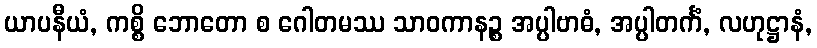
ယာပနီယံ, ကစ္စိ ဘောတော စ ဂေါတမဿ သာဝကာနဉ္စ အပ္ပါဗာဓံ, အပ္ပါတင်္ကံ, လဟုဋ္ဌာနံ,